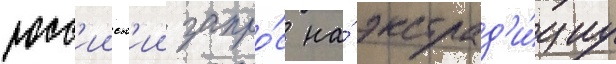
росс'ииск'ии запро́с на́ экстрад'и́циу